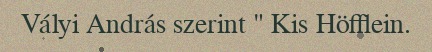
Vályi András szerint " Kis Höfflein.